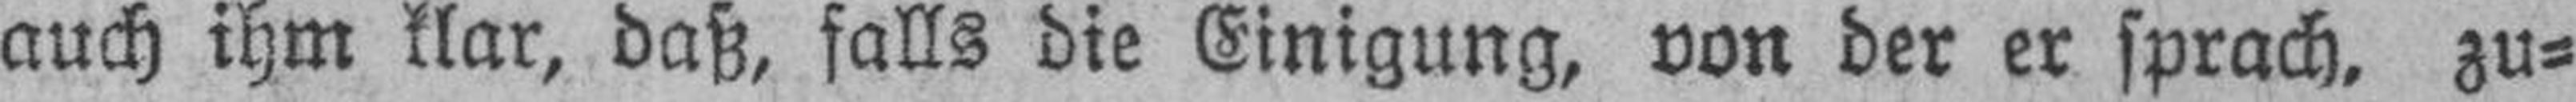
auch ihm klar, daß, falls die Einigung, von der er sprach, zu¬